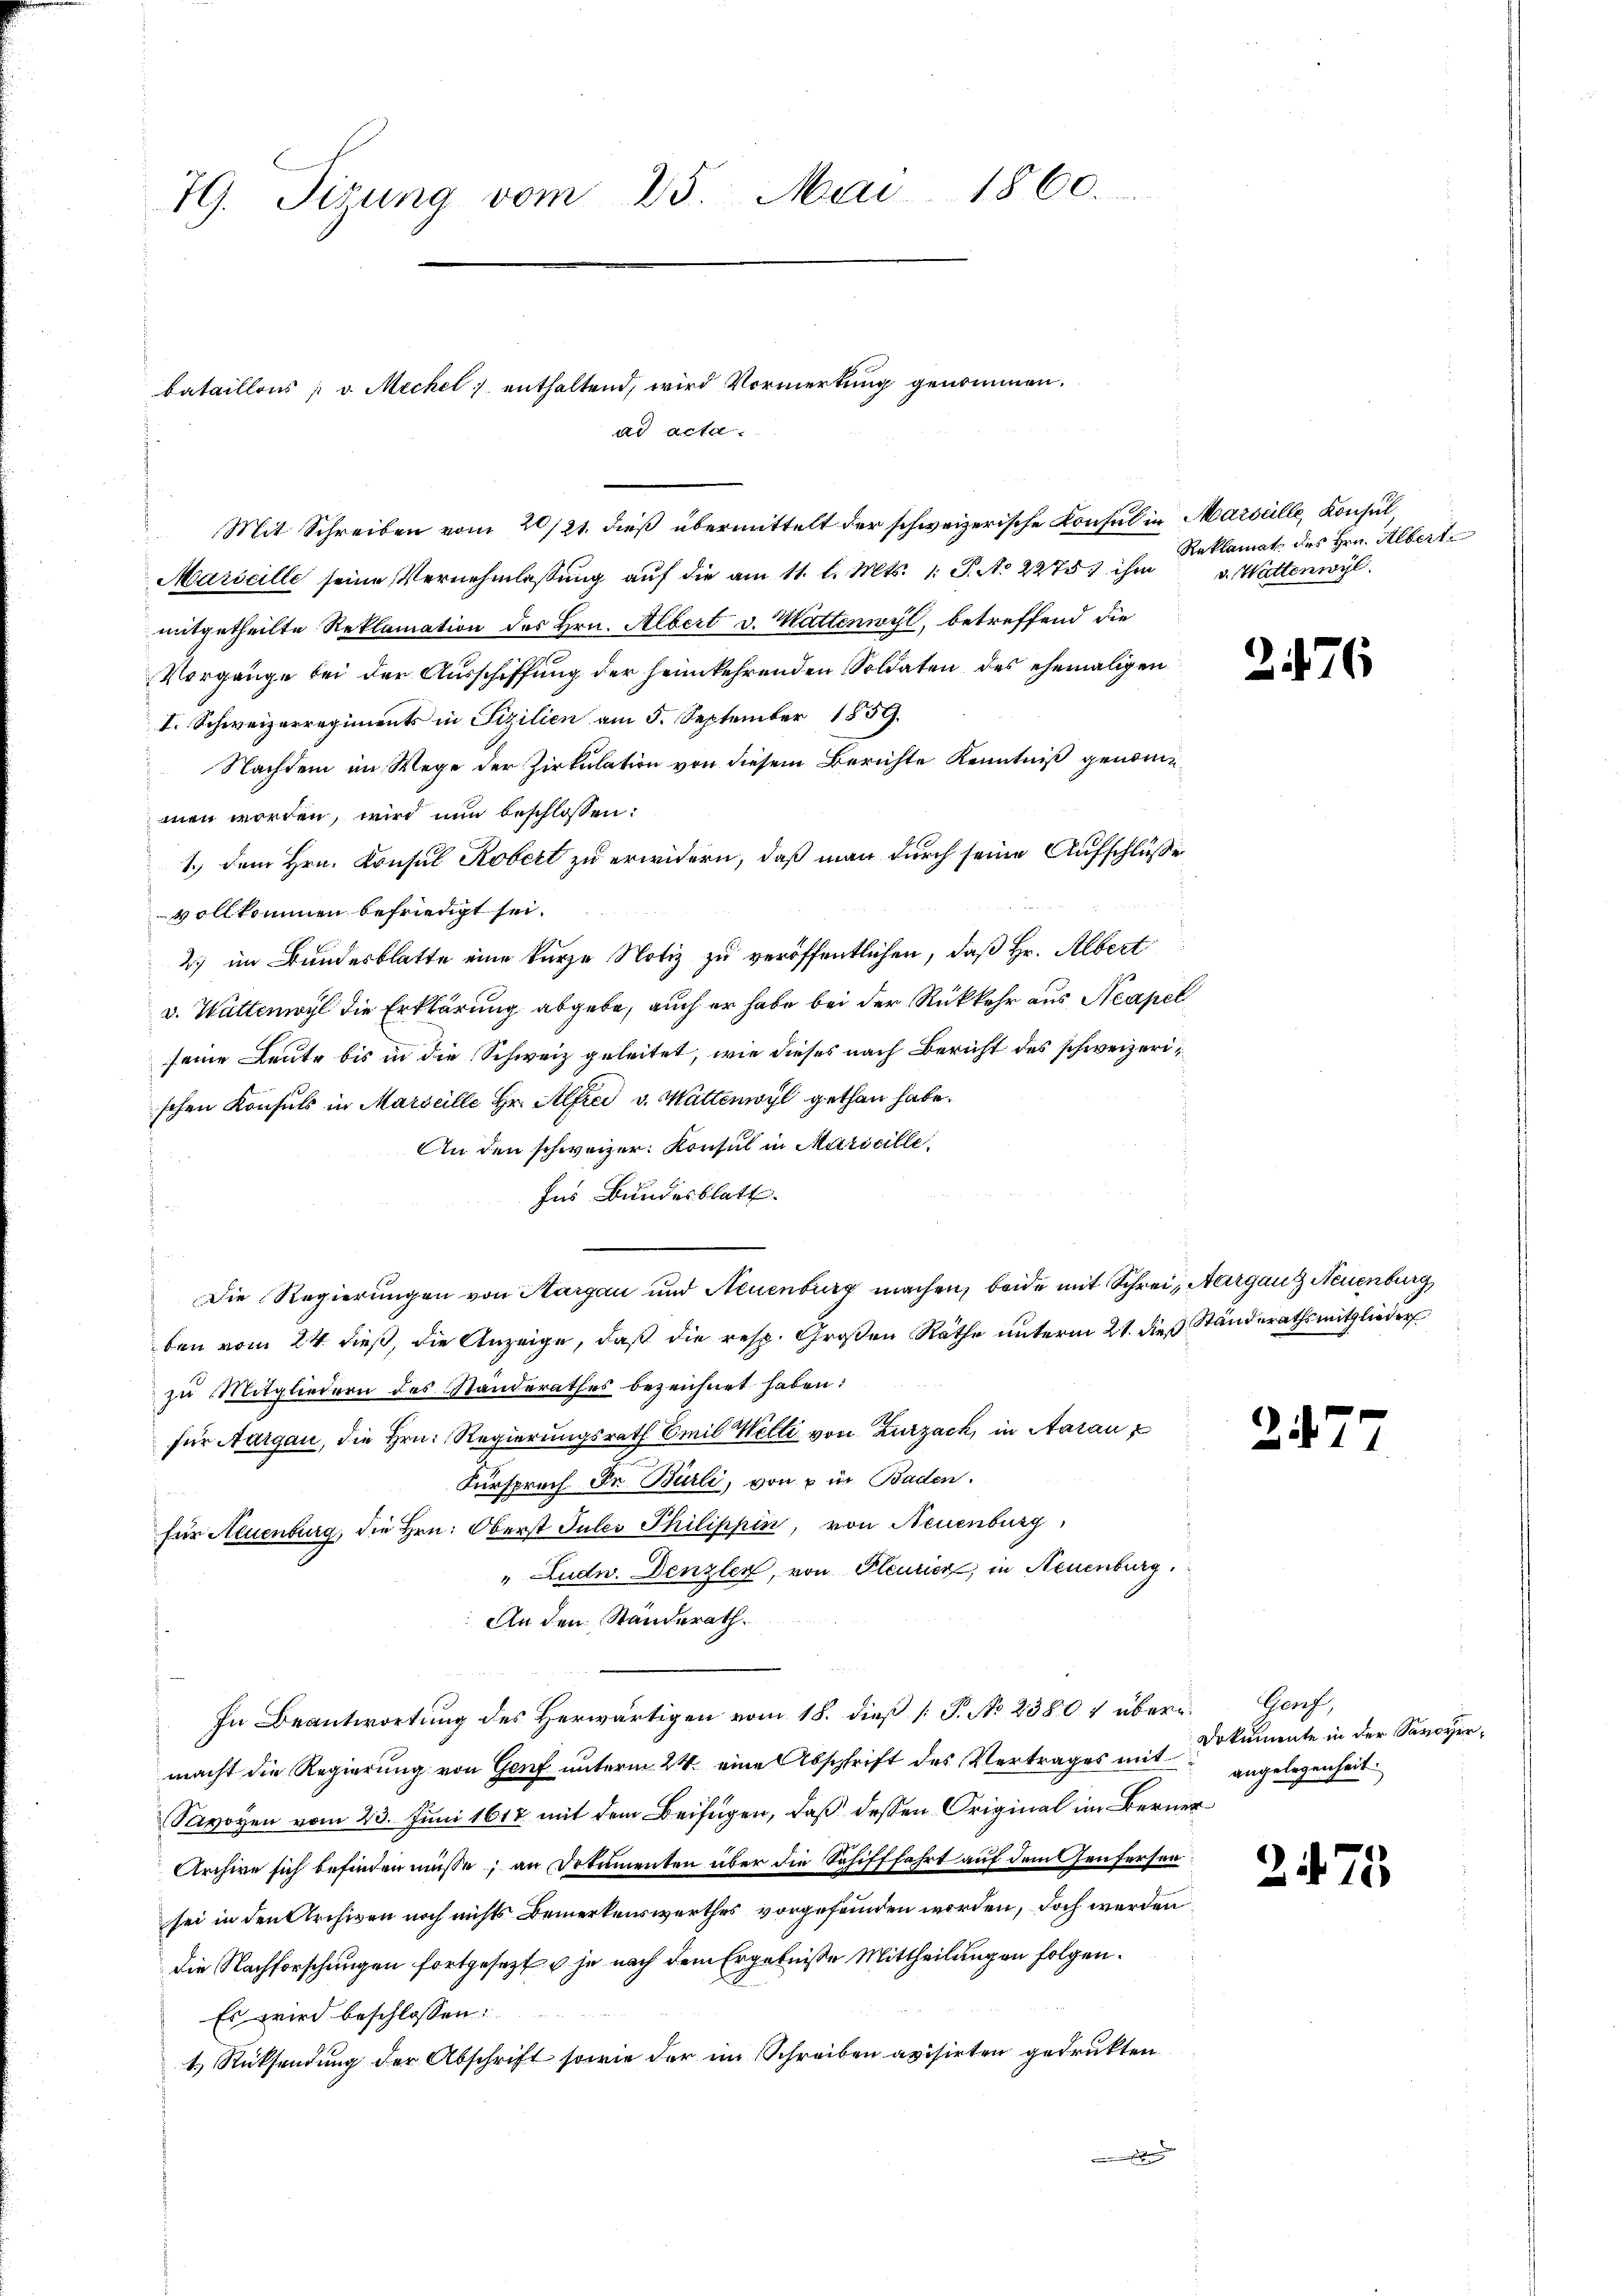
79. Sizung vom 25. Mai 1860.

Mit Schreiben vom 20/21. dieß übermittelt der schweizerische Konsul in Marseille, Konsul,
Marseille seine Vernehmlassung auf die am 11. l. Mts. 1. P. No 2275. ihm v. Wattenwyl
mitgetheilte Reklamation des Hrn. Albert v. Wattenwyl, betreffend die
Vorgänge bei der Ausschiffung der heimkehrenden Soldaten des ehemaligen
I. Schweizerregiments in Fizilien am 5. September 1859.
Nachdem im Wege der Zirkulation von diesem Berichte Kenntniß genommen worden, wird nun beschlossen:
1.) Dem Hrn. Konsul Kobert zu erwidern, daß man durch seine Aufschlüsse
vollkommen befriedigt sei.
2) im Bundesblatte eine kurze Notiz zu veröffentlichen, daß Hr. Albert
v. Hüttenwyl die Erklärung abgebe, auch er habe bei der Rückkehr aus Neapel
seine Leute bis in die Schweiz geleitet, wie dieses nach Bericht des schweizerischen Konsuls in Marseille Hr. Alfrei v. Mattenwyl gethan habe.
An den schweizer Konsul in Maricille,
.
Ins Bundesblatt.
Die Regierungen von Margau und Neuenburg machen, beide mit Schrei, Aarganz Neuenburg
ben vom 24. dieß, die Anzeige, daß die resp. Großen Räthe unterm 21. dieß Ständerathsmitglieder
zu Mitgliedern des Standerathes bezeichnet haben:
für Aargau, die Hrn. Regierungsrath Emil Welle von Zurzach, in Aarau z
Fürsprech Dr. Burli, von u in Baden.
für Neuenburg, die Hrn. Oberst Jules Philippin, von Neuenburg
" Ludw. Denzler, von Pleurier, in Neuenburg.
An den Standerath.
In Beantwortung des Herwärtigen vom 18. dieß [P. No 2380 & über Genf,
macht die Regierung von Genf unterm 24. eine Abschrift des Vertrages mit angelegenheit
Savoyen vom 23. Juni 1617 mit dem Beifügen, daß dessen Original im Berner¬
Archive sich befinden müsse; an Dokumenten über die Schifffahrt auf dem Genfersen
sei in den Archiven noch nichts Bemerkenswerthes vorgefanden worden, doch werden
die Nachforschungen fortgesetzt & je nach dem Ergebniße Mittheilungen folgen.
Es wird beschlossen:
1.) Rücksendung der Abschrift sowie der im Schreiben avisirten gedrukten

bataillons v. Mechel enthaltend, wird Vormerkung genommen.
ad acta.

Reklamat des Hrn. Albert

2476

27

Dokumente in der Savoyer¬

2475